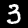
Digit: 3